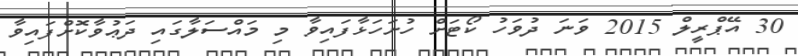
30 އޭޕްރީލް 2015 ވަނަ ދުވަހު ކޯޓަށް ހުށަހަޅާފައިވާ މި މައްސަލާގައި ދަޢުވާކޮށްފައިވާ